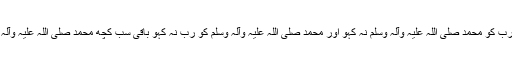
بس ایک رب کو محمد صلی اللہ علیہ وآلہ وسلم نہ کہو اور محمد صلی اللہ علیہ وآلہ وسلم کو رب نہ کہو باقی سب کچھ محمد صلی اللہ علیہ وآلہ وسلم ہیں۔